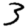
Digit: 3